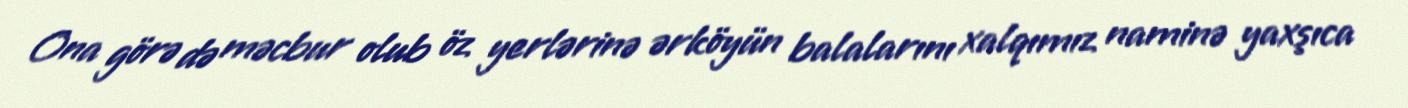
Ona görə də məcbur olub öz yerlərinə ərköyün balalarını xalqımız naminə yaxşıca